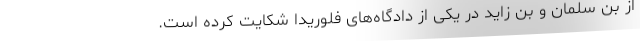
از بن سلمان و بن زاید در یکی از دادگاه‌های فلوریدا شکایت کرده است.